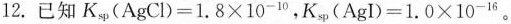
12.已知$$K _ { s p } ( A g C l ) = 1 . 8 \times 1 0 ^ { - 1 0 }$$，$$K _ { s p } ( A g I ) = 1 . 0 \times 1 0 ^ { - 1 6 }$$。